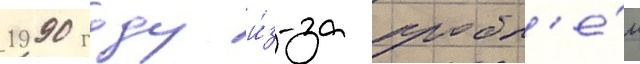
1990 году и́з-за пробл'е́м